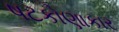
ષટકોણાકાર